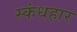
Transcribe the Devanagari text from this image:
स्कंधहार